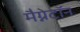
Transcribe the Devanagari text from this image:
मैग्नेटॉन